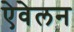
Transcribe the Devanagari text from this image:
ऐवेलन